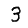
Digit: 3